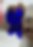
প্র